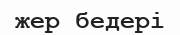
жер бедері